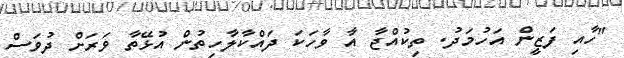
"ހާއި ފަޒީން އަހުމަދު. ތިކުއްޖާ އާ ވާހަކަ ދައްކާލާހިތުން އުޅޭތާ ވަރަށް ދުވަސް